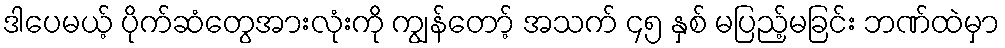
ဒါပေမယ့် ပိုက်ဆံတွေအားလုံးကို ကျွန်တော့် အသက် ၄၅ နှစ် မပြည့်မခြင်း ဘဏ်ထဲမှာ